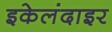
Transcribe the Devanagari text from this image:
इकेलंदाइर